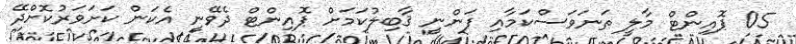
05 ޕޮއިންޓް މާލީ ތަނަވަސްކަމާއި ފަންނީ ޤާބިލުކަމަށް ޕޮއިންޓް ދެވޭނީ އެކަން ކަށަވަރުކޮށްދޭ